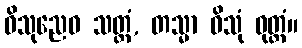
ဝိသုညေဝ သတ္ထံ, တသ္မာ ဝိသုံ ဝုတ္တံ။